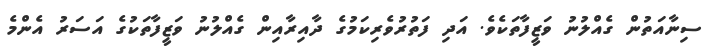
ސިނާއަތުން ގެއްލުނު ވަޒީފާތަކެވެ. އަދި ފަތުރުވެރިކަމުގެ ދާއިރާއިން ގެއްލުނު ވަޒީފާތަކުގެ އަސަރު އެންމެ